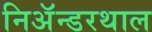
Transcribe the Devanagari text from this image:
निअॅन्डरथाल